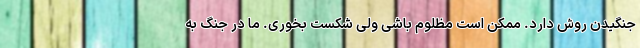
جنگیدن روش دارد. ممکن است مظلوم باشی ولی شکست بخوری. ما در جنگ به